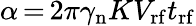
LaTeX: \alpha\, {=}\, 2\pi\gamma_{\mathrm{n}}KV_{\mathrm{rf}}t_{\mathrm{rf}}